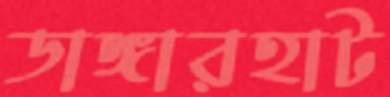
ডাঙ্গারহাট